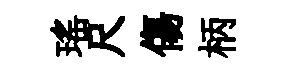
瑶尺傷柄